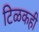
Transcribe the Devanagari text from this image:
टिळकही